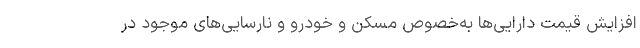
افزایش قیمت دارایی‌ها به‌خصوص مسکن و خودرو و نارسایی‌های موجود در